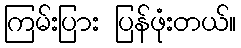
ကြမ်းပြား ပြန်ဖုံးတယ်။